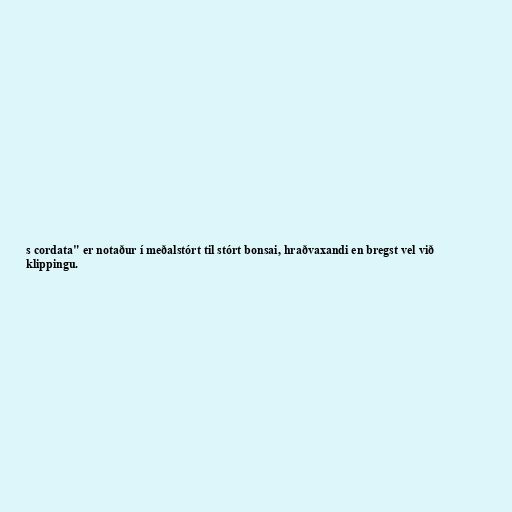
s cordata" er notaður í meðalstórt til stórt bonsai, hraðvaxandi en bregst vel við
klippingu.